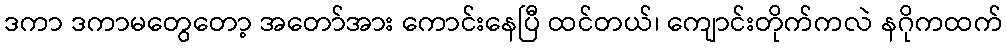
ဒကာ ဒကာမတွေတော့ အတော်အား ကောင်းနေပြီ ထင်တယ်၊ ကျောင်းတိုက်ကလဲ နဂိုကထက်